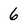
Character: 6